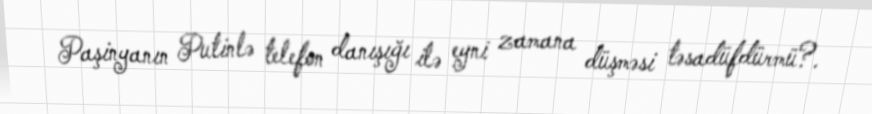
Paşinyanın Putinlə telefon danışığı ilə eyni zamana düşməsi təsadüfdürmü?.